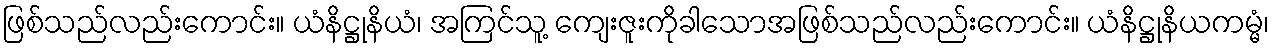
ဖြစ်သည်လည်းကောင်း။ ယံနိဋ္ဌုနိယံ၊ အကြင်သူ့ ကျေးဇူးကိုခါသောအဖြစ်သည်လည်းကောင်း။ ယံနိဋ္ဌုနိယကမ္မံ၊